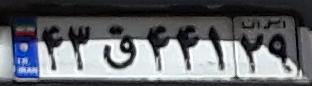
۴۳ق۴۴۱۲۹